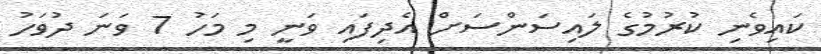
ކައިވެނި ކުރުމުގެ ލައިސަންސަށް އެދިފައި ވަނީ މި މަހު 7 ވަނަ ދުވަހު